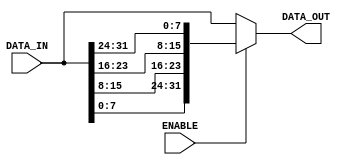
module byte_endian_converter (
	ENABLE,
	DATA_IN,
	DATA_OUT
);

parameter	DATA_WIDTH = 32;				//8, 16, 32, 64

input						ENABLE;
input	[DATA_WIDTH-1:0]	DATA_IN;
output	[DATA_WIDTH-1:0]	DATA_OUT;

generate
	if (DATA_WIDTH == 8) begin 				//no byte endian is required, passthrough
		assign	DATA_OUT = DATA_IN;	
	end			
	else if (DATA_WIDTH == 16) begin
		assign	DATA_OUT = ENABLE? {DATA_IN[7:0], DATA_IN[15:8]} : DATA_IN; 
	end
	else if (DATA_WIDTH == 32) begin
		assign	DATA_OUT = ENABLE? {DATA_IN[7:0], DATA_IN[15:8], DATA_IN[23:16], DATA_IN[31:24]}: DATA_IN;
	end
	else if (DATA_WIDTH == 64) begin
		assign	DATA_OUT = ENABLE? {DATA_IN[7:0], DATA_IN[15:8], DATA_IN[23:16], DATA_IN[31:24], DATA_IN[39:32], DATA_IN[47:40], DATA_IN[55:48], DATA_IN[63:56]}: DATA_IN;
	end
endgenerate

endmodule